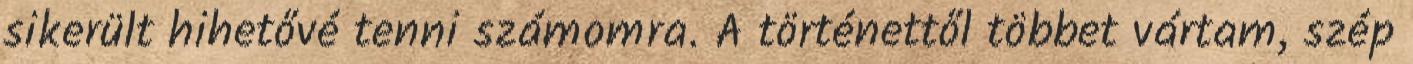
sikerült hihetővé tenni számomra. A történettől többet vártam, szép